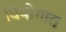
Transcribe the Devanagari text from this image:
वियोगांत